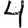
Digit: 4